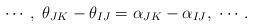
LaTeX: \begin{align*}\cdots,\,\, \theta_{JK}-\theta_{IJ}=\alpha_{JK}-\alpha_{IJ}, \,\, \cdots.\end{align*}